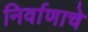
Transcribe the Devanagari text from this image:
निर्वाणाचे